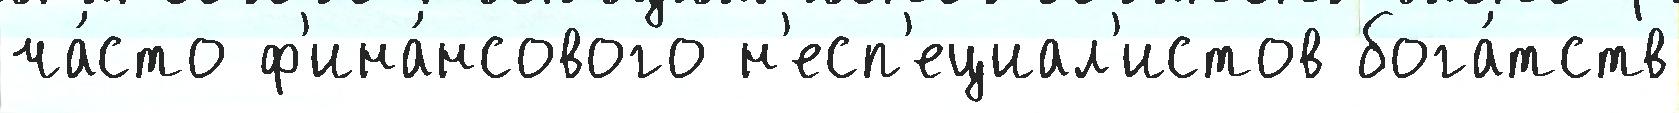
ча́сто ф'ина́нсового н'есп'ециал'истов бога́тств